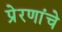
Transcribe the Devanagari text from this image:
प्रेरणांचे